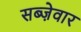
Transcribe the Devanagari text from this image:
सब्ज़ेवार